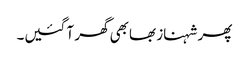
پھر شہناز بھابھی گھر آ گئیں۔